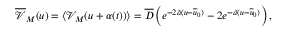
\overline { { \mathcal { V } } } _ { M } ( u ) = \left\langle \mathcal { V } _ { M } ( u + \alpha ( t ) ) \right\rangle = \overline { { D } } \left( e ^ { - 2 \tilde { a } ( u - \overline { { u } } _ { 0 } ) } - 2 e ^ { - \tilde { a } ( u - \overline { { u } } _ { 0 } ) } \right) ,